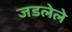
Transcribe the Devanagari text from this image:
जडलेले